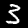
Label: 3